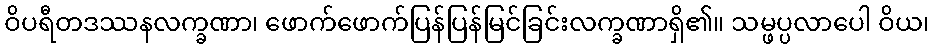
ဝိပရီတဒဿနလက္ခဏာ၊ ဖောက်ဖောက်ပြန်ပြန်မြင်ခြင်းလက္ခဏာရှိ၏။ သမ္ဖပ္ပလာပေါ ဝိယ၊